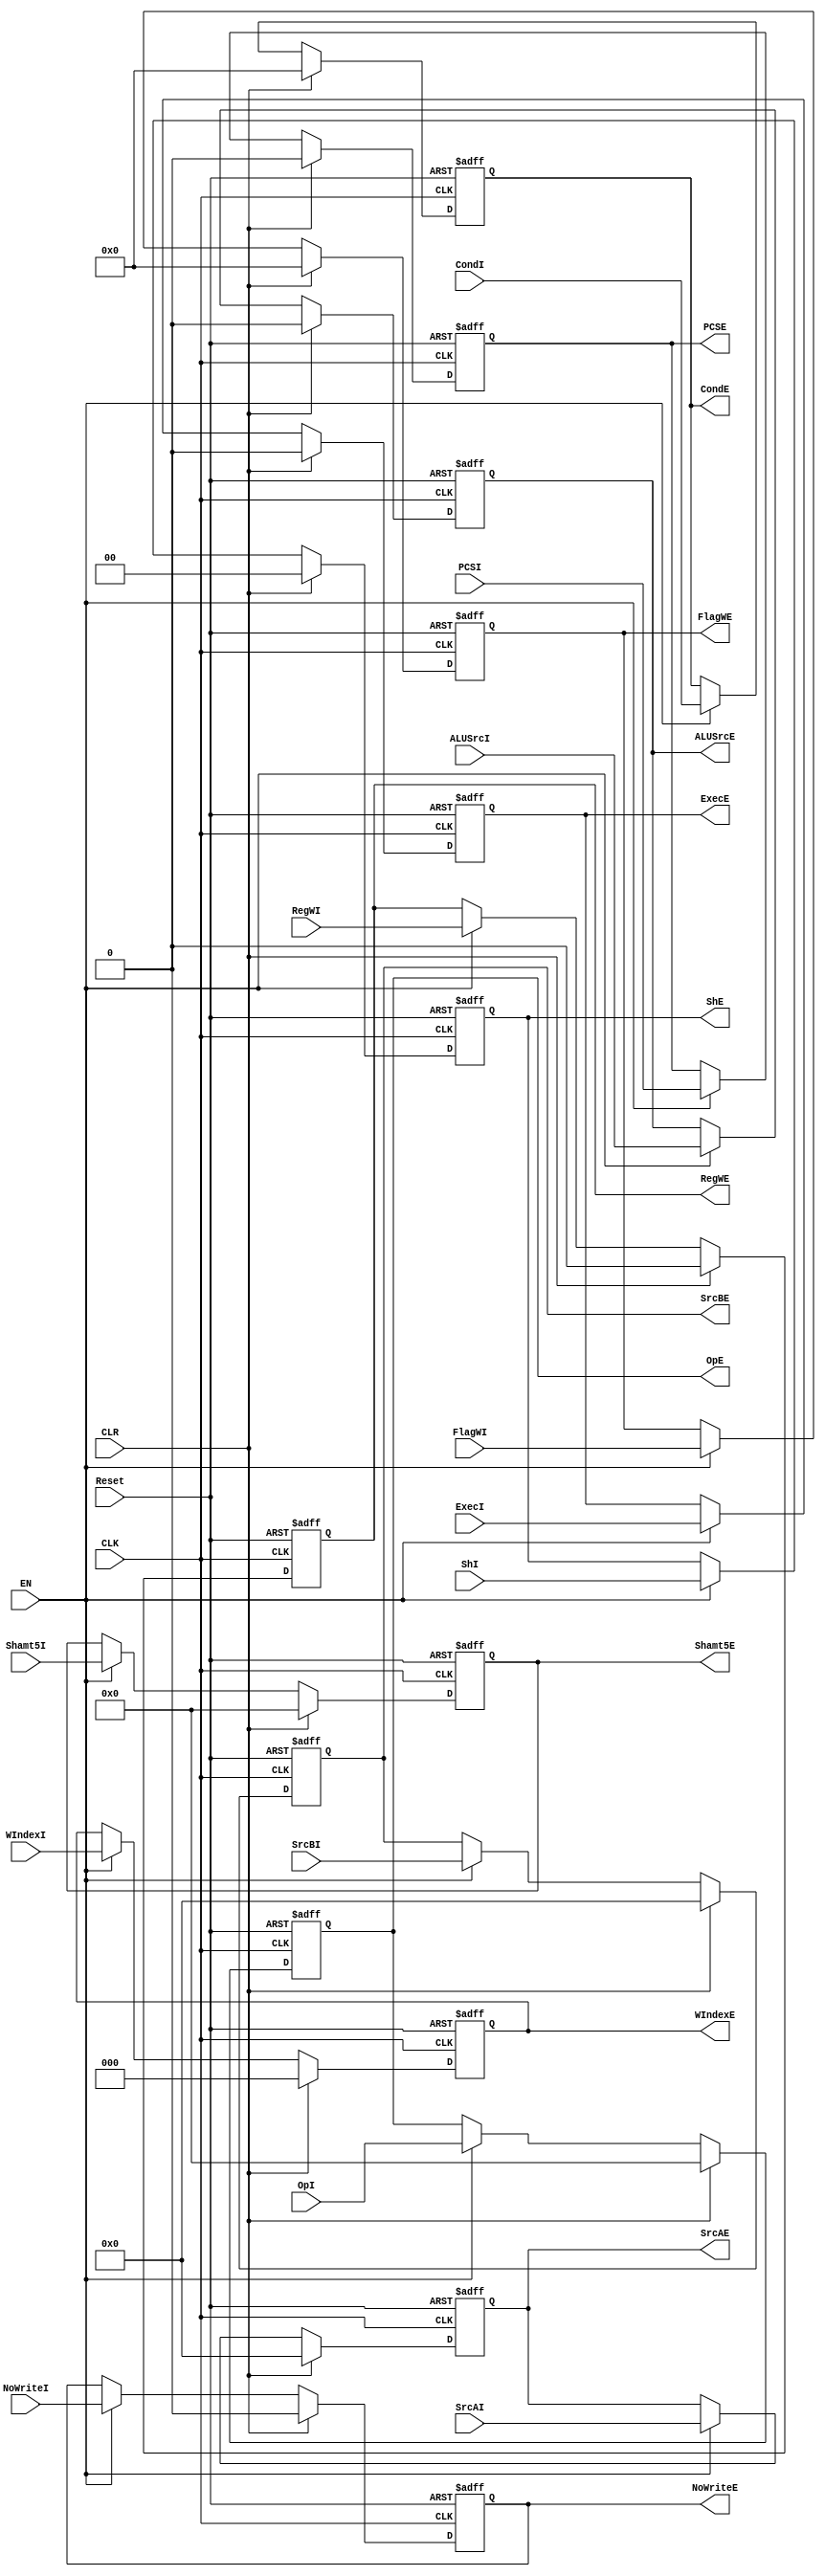
module DP_IEReg(
    input CLK,
    input Reset,
    input EN,
    input CLR,
    input ExecI,
    input [3:0] CondI,
    input [3:0] FlagWI,
    input RegWI,
    input [2:0] WIndexI,
    input [31:0] SrcAI,
    input [31:0] SrcBI,
    input [1:0] ShI,
    input [4:0] Shamt5I,
    input ALUSrcI,
    input [4:0] OpI,
    input NoWriteI,
    input PCSI,
    output reg ExecE,
    output reg [3:0] CondE,
    output reg [3:0] FlagWE,
    output reg RegWE,
    output reg [2:0] WIndexE,
    output reg [31:0] SrcAE,
    output reg [31:0] SrcBE,
    output reg [1:0] ShE,
    output reg [4:0] Shamt5E,
    output reg ALUSrcE,
    output reg [4:0] OpE,
    output reg NoWriteE,
    output reg PCSE
);

    initial begin
        ExecE = 0;
        CondE = 0;
        FlagWE = 0;
        RegWE = 0;
        WIndexE = 0;
        SrcAE = 0;
        SrcBE = 0;
        ShE = 0;
        Shamt5E = 0;
        NoWriteE = 0;
        ALUSrcE = 0;
        OpE = 0;
        PCSE = 0;
    end

    always @(posedge CLK, posedge Reset) begin
        if (Reset) begin
            ExecE <= 0;
            CondE <= 0;
            FlagWE <= 0;
            RegWE <= 0;
            WIndexE <= 0;
            SrcAE <= 0;
            SrcBE <= 0;
            ShE <= 0;
            Shamt5E <= 0;
            NoWriteE <= 0;
            ALUSrcE <= 0;
            OpE <= 0;
            PCSE <= 0;
        end
        else if (CLR) begin
            ExecE <= 0;
            CondE <= 0;
            FlagWE <= 0;
            RegWE <= 0;
            WIndexE <= 0;
            SrcAE <= 0;
            SrcBE <= 0;
            ShE <= 0;
            Shamt5E <= 0;
            NoWriteE <= 0;
            ALUSrcE <= 0;
            OpE <= 0;
            PCSE <= 0;
        end
        else if (EN) begin
            ExecE <= ExecI;
            CondE <= CondI;
            FlagWE <= FlagWI;
            RegWE <= RegWI;
            WIndexE <= WIndexI;
            SrcAE <= SrcAI;
            SrcBE <= SrcBI;
            ShE <= ShI;
            Shamt5E <= Shamt5I;
            NoWriteE <= NoWriteI;
            ALUSrcE <= ALUSrcI;
            OpE <= OpI;
            PCSE <= PCSI;
        end
        else begin
            ExecE <= ExecE;
            CondE <= CondE;
            FlagWE <= FlagWE;
            RegWE <= RegWE;
            WIndexE <= WIndexE;
            SrcAE <= SrcAE;
            SrcBE <= SrcBE;
            ShE <= ShE;
            Shamt5E <= Shamt5E;
            NoWriteE <= NoWriteE;
            ALUSrcE <= ALUSrcE;
            OpE <= OpE;
            PCSE <= PCSE;
        end
    end
endmodule